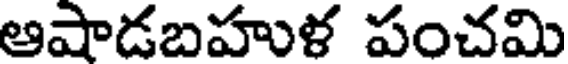
ఆషాడబహుళ పంచమి